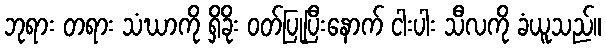
ဘုရား တရား သံဃာကို ရှိခိုး ဝတ်ပြုပြီးနောက် ငါးပါး သီလကို ခံယူသည်။